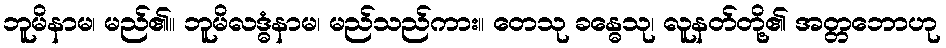
ဘူမိနာမ၊ မည်၏။ ဘူမိလဒ္ဓံနာမ၊ မည်သည်ကား။ တေသု ခန္ဓေသု၊ လူနတ်တို့၏ အတ္တဘောဟု